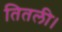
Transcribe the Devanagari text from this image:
तितली।